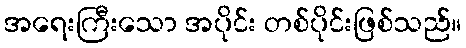
အရေးကြီးသော အပိုင်း တစ်ပိုင်းဖြစ်သည်။